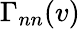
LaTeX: \Gamma_{nn}(v)